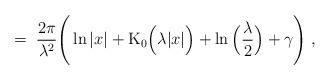
LaTeX: \begin{align*}= \;\frac{2\pi}{\lambda^2}\Bigg( \ln|x| + \mbox{K}_0\Big(\lambda |x|\Big)+ \ln\Big(\frac{\lambda}{2}\Big) + \gamma \Bigg) \; ,\end{align*}